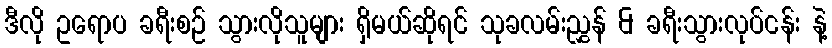
ဒီလို ဥရောပ ခရီးစဉ် သွားလိုသူများ ရှိမယ်ဆိုရင် သုခလမ်းညွှန် & ခရီးသွားလုပ်ငန်း နဲ့